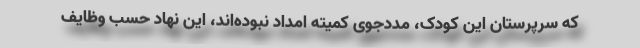
که سرپرستان این کودک، مددجوی کمیته امداد نبوده‌اند، این نهاد حسب وظایف